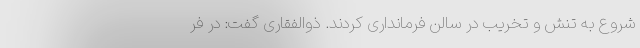
شروع به تنش و تخریب در سالن فرمانداری کردند. ذوالفقاری گفت: در فر